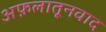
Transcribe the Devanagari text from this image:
अफ़लातूनवाद